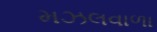
મઝલવાળા